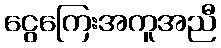
ငွေကြေးအကူအညီ